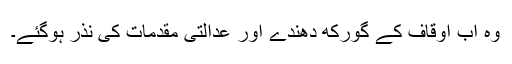
وہ اب اوقاف کے گورکھ دھندے اور عدالتی مقدمات کی نذر ہوگئے۔